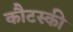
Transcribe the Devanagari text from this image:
कौटस्की